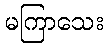
မကြာသေး